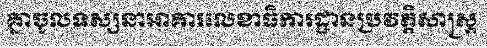
គ្នាចូលទស្សនាអាគារលេខាធិការដ្ឋានប្រវត្តិសាស្ត្រ